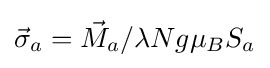
{\vec {\sigma }}_{a}={\vec {M}}_{a}/\lambda Ng\mu _{B}S_{a}